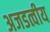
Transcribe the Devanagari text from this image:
अजडत्वीय